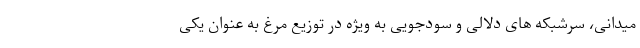
میدانی، سرشبکه های دلالی و سودجویی به ویژه در توزیع مرغ به عنوان یکی